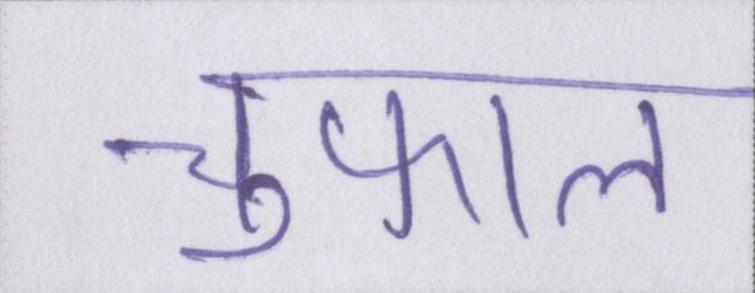
चुफाल